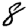
Digit: 8